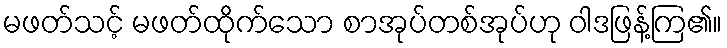
မဖတ်သင့် မဖတ်ထိုက်သော စာအုပ်တစ်အုပ်ဟု ဝါဒဖြန့်ကြ၏။